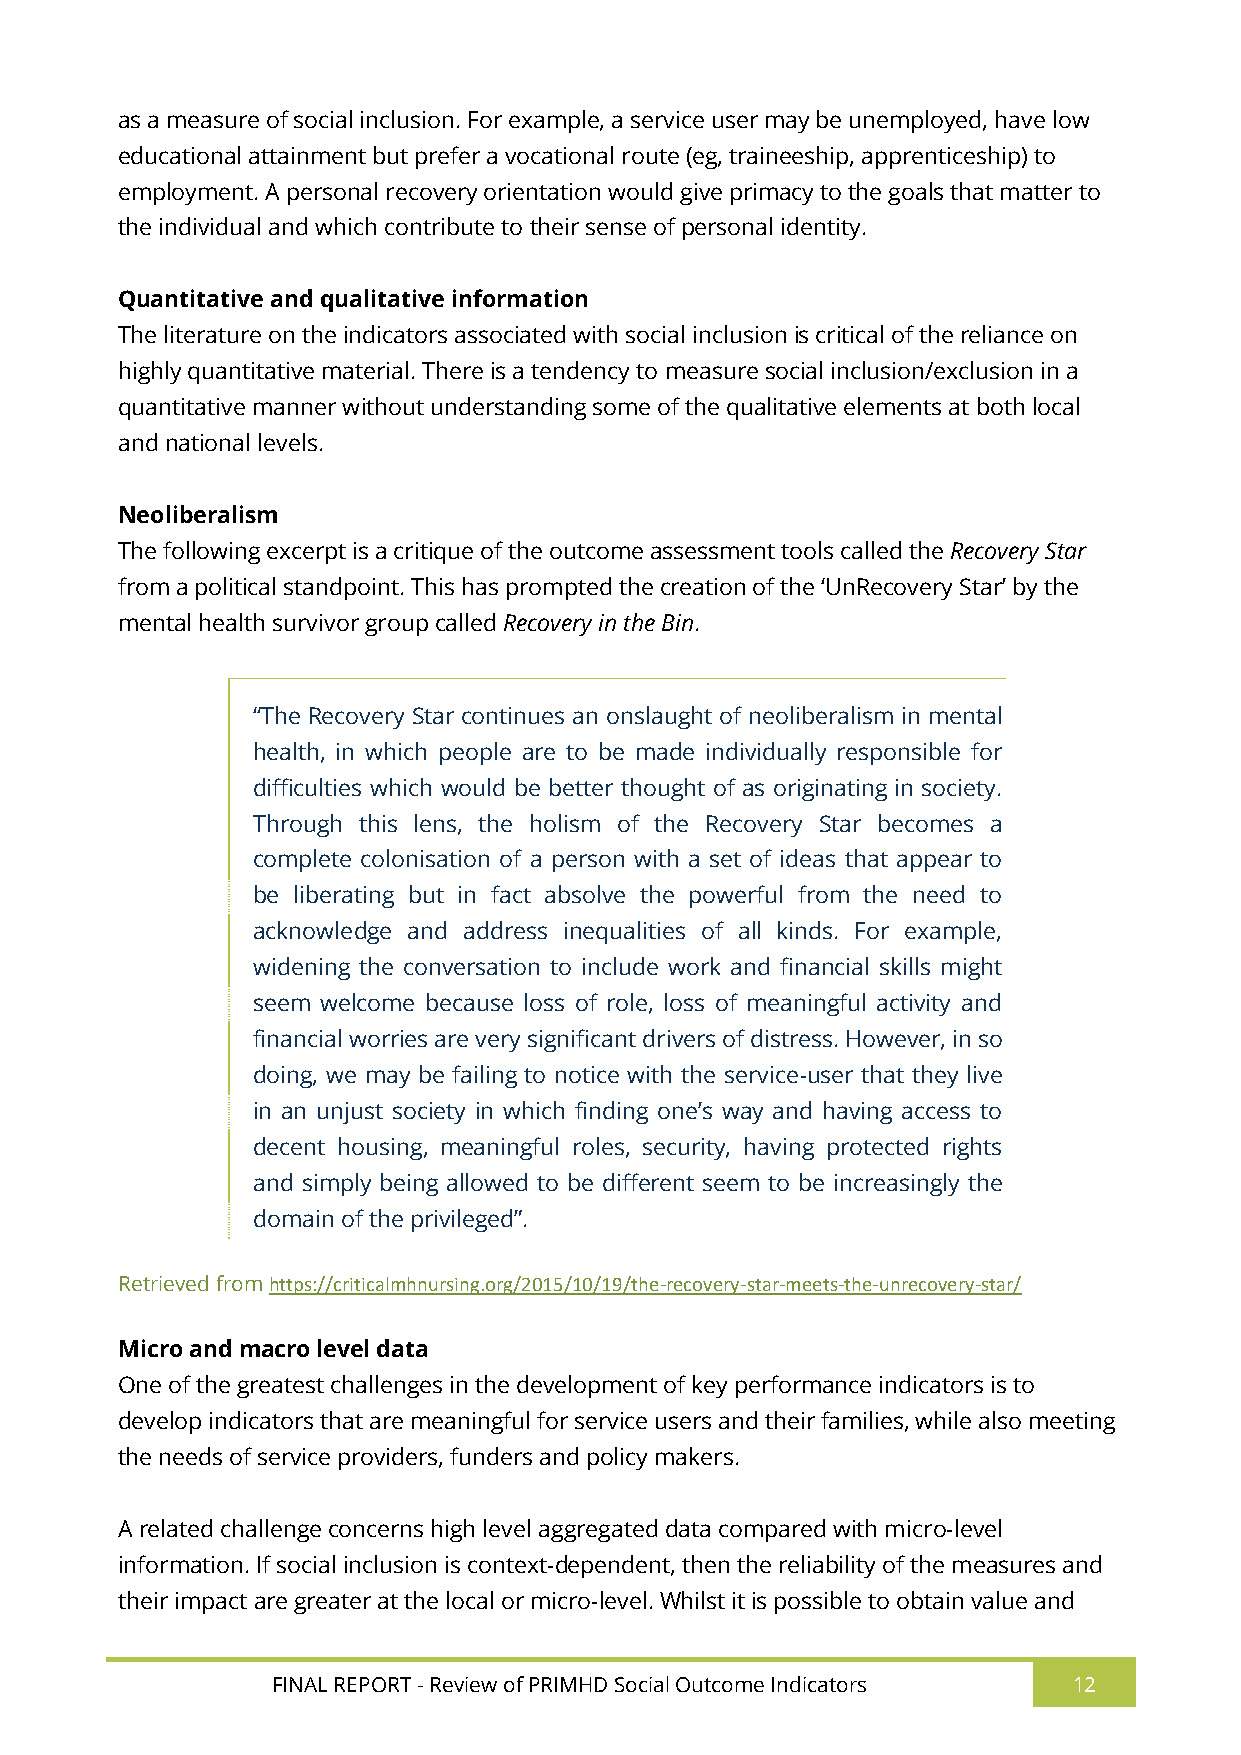
as a measure of social inclusion. For example, a service user may be unemployed, have low
 educational attainment but prefer a vocational route (eg, traineeship, apprenticeship) to
 employment. A personal recovery orientation would give primacy to the goals that matter to
 the individual and which contribute to their sense of personal identity.
 Quantitative and qualitative information
 The literature on the indicators associated with social inclusion is critical of the reliance on
 highly quantitative material. There is a tendency to measure social inclusion/exclusion in a
 quantitative manner without understanding some of the qualitative elements at both local
 and national levels.
 Neoliberalism
 The following excerpt is a critique of the outcome assessment tools called the Recovery Star
 from a political standpoint. This has prompted the creation of the ‘UnRecovery Star’ by the
 mental health survivor group called Recovery in the Bin.
 “The Recovery Star continues an onslaught of neoliberalism in mental
 health, in which people are to be made individually responsible for
 difficulties which would be better thought of as originating in society.
 Through this lens, the holism of the Recovery Star becomes a
 complete colonisation of a person with a set of ideas that appear to
 be liberating but in fact absolve the powerful from the need to
 acknowledge and address inequalities of all kinds. For example,
 widening the conversation to include work and financial skills might
 seem welcome because loss of role, loss of meaningful activity and
 financial worries are very significant drivers of distress. However, in so
 doing, we may be failing to notice with the service-user that they live
 in an unjust society in which finding one’s way and having access to
 decent housing, meaningful roles, security, having protected rights
 and simply being allowed to be different seem to be increasingly the
 domain of the privileged”.
 Retrieved from https://criticalmhnursing.org/2015/10/19/the-recovery-star-meets-the-unrecovery-star/
 Micro and macro level data
 One of the greatest challenges in the development of key performance indicators is to
 develop indicators that are meaningful for service users and their families, while also meeting
 the needs of service providers, funders and policy makers.
 A related challenge concerns high level aggregated data compared with micro-level
 information. If social inclusion is context-dependent, then the reliability of the measures and
 their impact are greater at the local or micro-level. Whilst it is possible to obtain value and
 FINAL REPORT - Review of PRIMHD Social Outcome Indicators 12